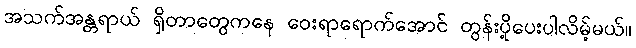
အသက်အန္တရာယ် ရှိတာတွေကနေ ဝေးရာရောက်အောင် တွန်းပို့ပေးပါလိမ့်မယ်။